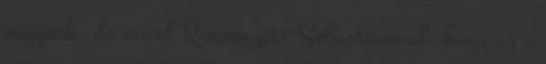
magunk, de mivel Reeven jött Sebastiannal, hogy az a